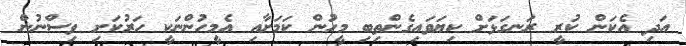
އަދި އެކަން ކުރީ ރަނގަޅަށް ކިޔަވައިގެންތިބި މީހުން ކަމަށާއި އެމީހުންނަކީ ހަރުކަށި ވިސްނުން